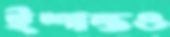
ইশান্তও